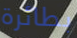
بطائرة